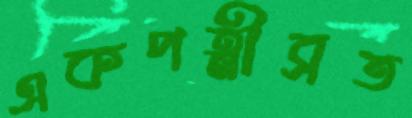
একপত্নীব্রত